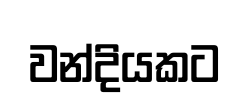
වන්දියකට